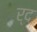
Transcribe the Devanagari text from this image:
र्द